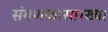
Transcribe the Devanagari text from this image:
संगणकासारख्या